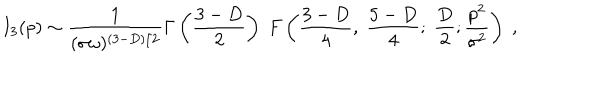
I _ { 3 } ( p ) \sim \frac { 1 } { ( \sigma \omega ) ^ { ( 3 - D ) / 2 } } \Gamma \left( \frac { 3 - D } { 2 } \right) \; F \left( \frac { 3 - D } { 4 } , \; \frac { 5 - D } { 4 } ; \; \frac { D } { 2 } ; \frac { p ^ { 2 } } { \sigma ^ { 2 } } \right) \; ,